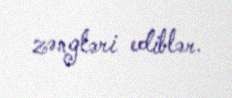
zəngləri ediblər.